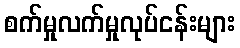
စက်မှုလက်မှုလုပ်ငန်းများ